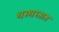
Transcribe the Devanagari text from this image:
थरथरतात